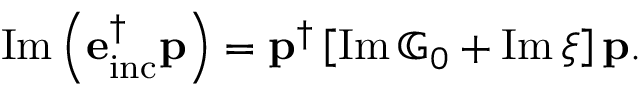
\begin{array} { r } { \operatorname { I m } \left( \mathbf { e } _ { \mathrm { i n c } } ^ { \dagger } \mathbf { p } \right) = \mathbf { p } ^ { \dagger } \left[ \operatorname { I m } \mathbb { G } _ { 0 } + \operatorname { I m } \xi \right] \mathbf { p } . } \end{array}